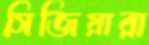
সিজিয়ারা